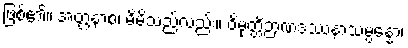
ဖြစ်၏။ အတ္တနာစ၊ မိမိသည်လည်း။ ဝိမုတ္တိဉာဏဒဿနာသမ္ပန္နော၊